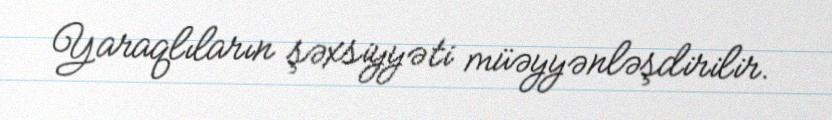
Yaraqlıların şəxsiyyəti müəyyənləşdirilir.